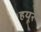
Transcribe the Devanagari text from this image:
हयूरे